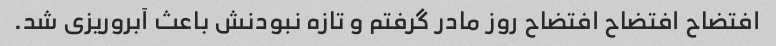
افتضاح افتضاح افتضاح روز مادر گرفتم و تازه نبودنش باعث آبروریزی شد.